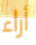
أراء